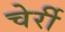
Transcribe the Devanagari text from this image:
चेर्री